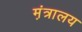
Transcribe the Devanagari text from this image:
म़ंत्रालय